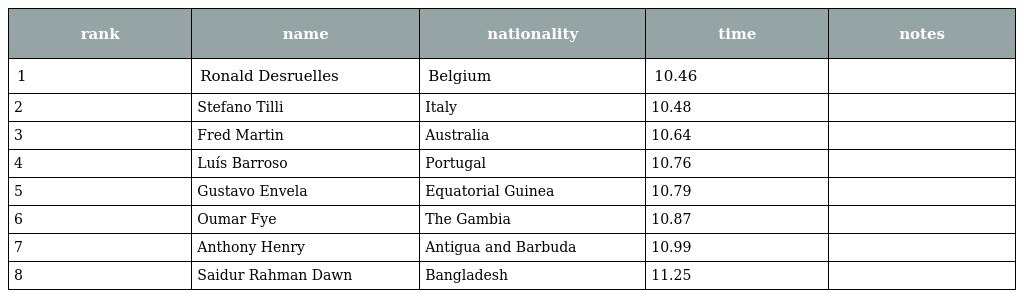
| rank | name | nationality | time | notes |
 | --- | --- | --- | --- | --- |
 | 1 | Ronald Desruelles | Belgium | 10.46 |  |
 | 2 | Stefano Tilli | Italy | 10.48 |  |
 | 3 | Fred Martin | Australia | 10.64 |  |
 | 4 | Luís Barroso | Portugal | 10.76 |  |
 | 5 | Gustavo Envela | Equatorial Guinea | 10.79 |  |
 | 6 | Oumar Fye | The Gambia | 10.87 |  |
 | 7 | Anthony Henry | Antigua and Barbuda | 10.99 |  |
 | 8 | Saidur Rahman Dawn | Bangladesh | 11.25 |  |